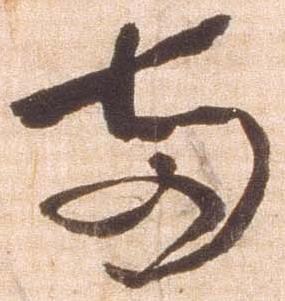
両